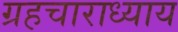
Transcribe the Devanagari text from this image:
ग्रहचाराध्याय